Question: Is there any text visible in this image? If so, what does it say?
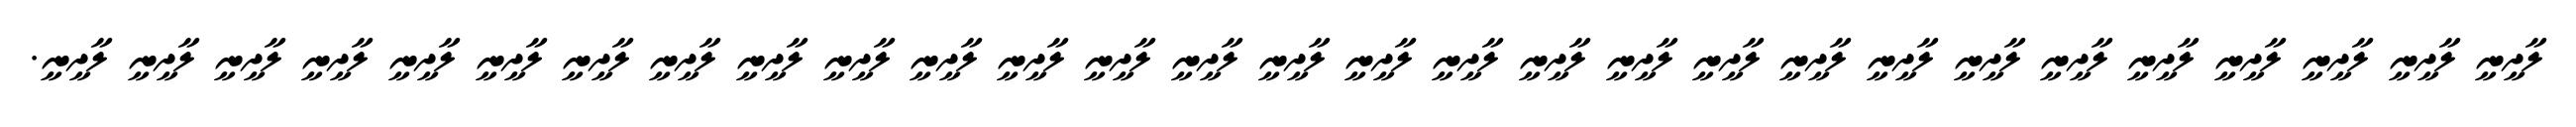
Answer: ލާދީނީ ލާދީނީ ލާދީނީ ލާދީނީ ލާދީނީ ލާދީނީ ލާދީނީ ލާދީނީ ލާދީނީ ލާދީނީ ލާދީނީ ލާދީނީ ލާދީނީ ލާދީނީ ލާދީނީ ލާދީނީ ލާދީނީ ލާދީނީ ލާދީނީ ލާދީނީ ލާދީނީ ލާދީނީ ލާދީނީ ލާދީނީ ލާދީނީ ލާދީނީ ލާދީނީ ލާދީނީ ލާދީނީ.